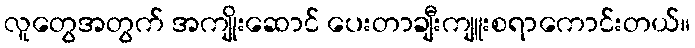
လူတွေအတွက် အကျိုးဆောင် ပေးတာချီးကျူးစရာကောင်းတယ်။